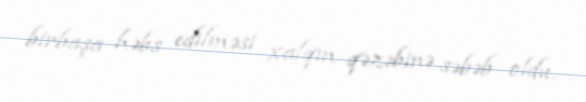
birbaşa həbs edilməsi xalqın qəzəbinə səbəb oldu.